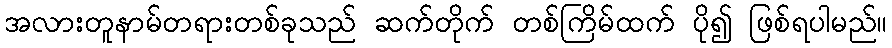
အလားတူနာမ်တရားတစ်ခုသည် ဆက်တိုက် တစ်ကြိမ်ထက် ပို၍ ဖြစ်ရပါမည်။